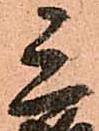
三